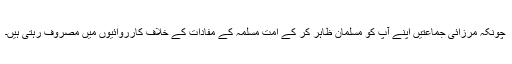
چونکہ مرزائی جماعتیں اپنے آپ کو مسلمان ظاہر کر کے امت مسلمہ کے مفادات کے خلاف کارروائیوں میں مصروف رہتی ہیں۔